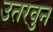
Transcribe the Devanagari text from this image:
उतरवुन